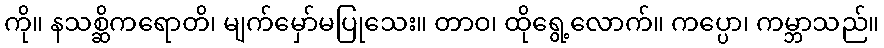
ကို။ နသစ္ဆိကရောတိ၊ မျက်မှော်မပြုသေး။ တာဝ၊ ထိုရွေ့လောက်။ ကပ္ပော၊ ကမ္ဘာသည်။